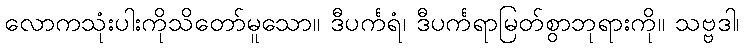
လောကသုံးပါးကိုသိတော်မူသော။ ဒီပင်္ကရံ၊ ဒီပင်္ကရာမြတ်စွာဘုရားကို။ သဗ္ဗဒါ၊